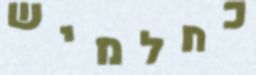
כחלמיש